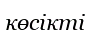
көсікті